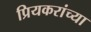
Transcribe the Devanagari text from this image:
प्रियकरांच्या